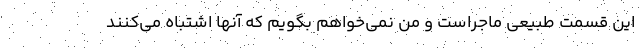
این قسمت طبیعی ماجراست و من نمی‌خواهم بگویم که آنها اشتباه می‌کنند